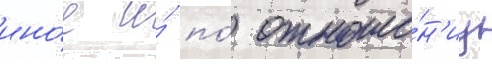
ино́е и́ по́ отноше́н'иу